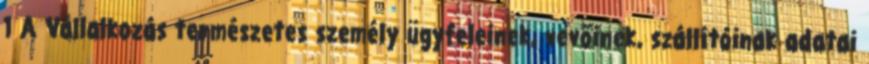
1 A Vállalkozás természetes személy ügyfeleinek, vevőinek, szállítóinak adatai